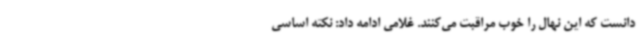
دانست که این نهال را خوب مراقبت می‌کنند. غلامی ادامه داد: نکته اساسی